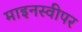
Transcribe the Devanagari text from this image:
माइनस्वीपर